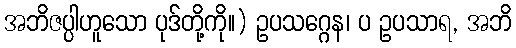
အဘိဇပ္ပါဟူသော ပုဒ်တို့ကို။) ဥပသဂ္ဂေန၊ ပ ဥပသာရ, အဘိ